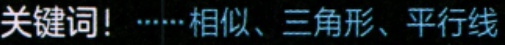
关键词！······相似、三角形、平行线